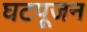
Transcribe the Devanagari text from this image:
घटपूजन